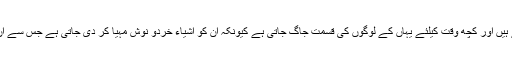
بہت سے سیاستدان تھر پارکر کا دورہ کرتے ہیں اور کچھ وقت کیلئے یہاں کے لوگوں کی قسمت جاگ جاتی ہے کیونکہ ان کو اشیاء خردو نوش مہیا کر دی جاتی ہے جس سے ان کے کچھ ہفتے سکون سے گزر جاتے ہیں ۔